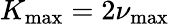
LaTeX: K_{\operatorname*{max}}=2\nu_{\operatorname*{max}}